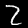
Label: 2